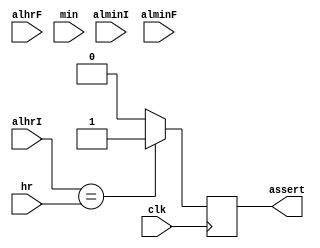
  
module Alarm(clk,alminI,alhrI,alminF,alhrF,min,hr,assert);
  input clk;
  input [7:0] alminI,alhrI,alminF,alhrF,min,hr;
//  input [1:0]mode;
  output reg assert;
  always@(posedge clk)
  begin
      if(alhrI == hr)
          assert <= 1;
      else
        assert <=0;
  end
endmodule